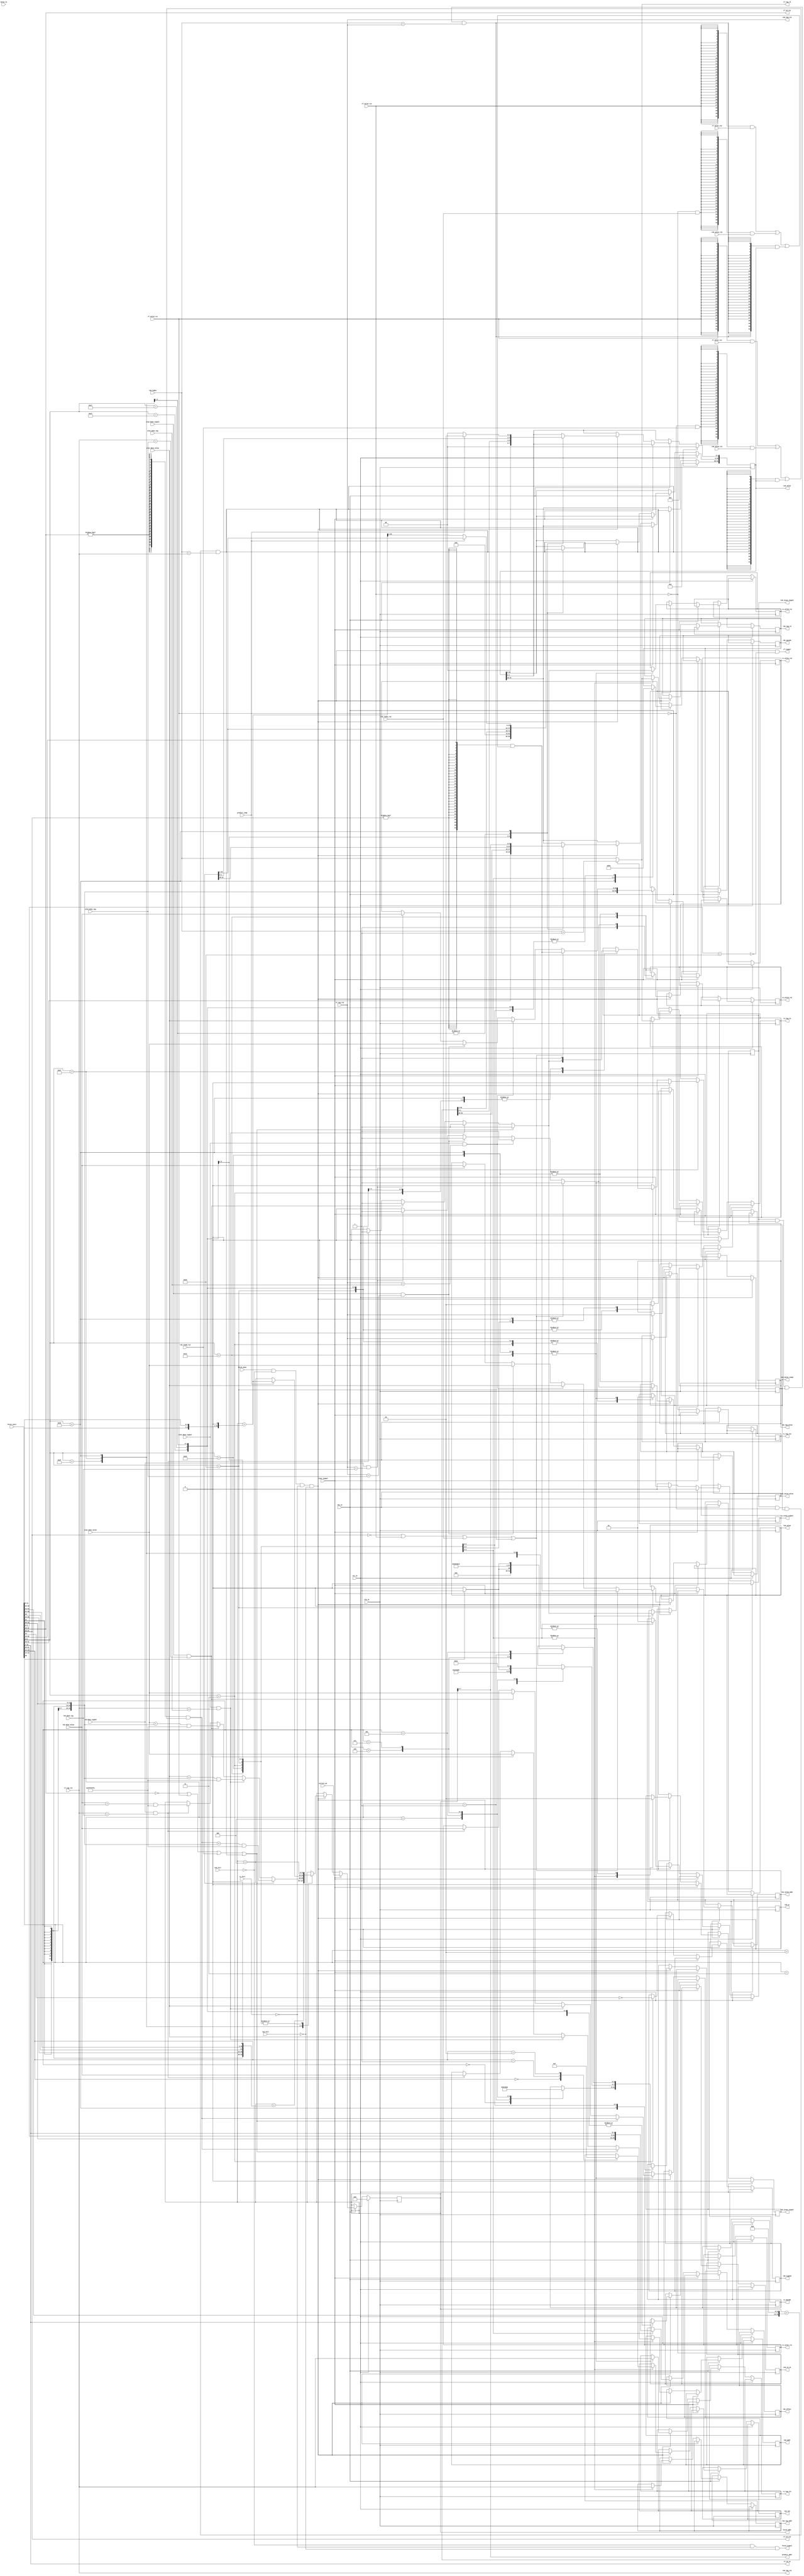
`define ROB_REG_INSTR 2'b00
`define ROB_STORE_INSTR 2'b01
`define ROB_BRANCH_INSTR 2'b10
`define ROB_LOAD_INSTR 2'b11
`define ALU_NOP 4'd0
`define ALU_AND 4'd1
`define ALU_OR 4'd2
`define ALU_XOR 4'd3
`define ALU_ADD 4'd4
`define ALU_SUB 4'd5
`define ALU_SRL 4'd6
`define ALU_SRA 4'd7
`define ALU_SLL 4'd8
`define ALU_LT 4'd9
`define ALU_LTU 4'd10
`define ALU_EQ 4'd11
`define ALU_NE 4'd12
`define ALU_GE 4'd13
`define ALU_GEU 4'd14
`define ALU_JALR 4'd15

module instr_fetch #(
    parameter ROB_WIDTH   = 4,
    parameter LOCAL_WIDTH = 6
) (
    input wire clk_in,  // system clock signal
    input wire rst_in,  // reset signal
    input wire rdy_in,  // ready signal, pause cpu when low

    // with i-cache (or mem-controller)
    output wire fetch_signal,  // 1 for instruction fetch
    output wire [31:0] fetch_addr,
    input wire fetch_done,  // 1 when the task of load instruction is done (hit the cache)
    input wire [31:0] fetch_instr,

    // issue control signals
    input wire rs_full,   // 1 for RS is full
    input wire rob_full,  // 1 for ROB is full
    input wire lsb_full,  // 1 for LSB is full

    // with RF, fetch issue information and set rd tag in combinational logic
    output wire rf_signal,  //1 for fetching registers
    output wire [4:0] rf_id_rs1,
    output wire [4:0] rf_id_rs2,
    output wire [4:0] rf_id_rd,
    output wire [ROB_WIDTH-1:0] rf_tag_rd,  // overwrite the tag of rd
    input wire [31:0] rf_value_rs1,
    input wire [31:0] rf_value_rs2,
    input wire [ROB_WIDTH-1:0] rf_tag_rs1,
    input wire [ROB_WIDTH-1:0] rf_tag_rs2,
    input wire rf_valid_rs1,
    input wire rf_valid_rs2,
    input wire [31:0] value_x1,  // the value of x1 reg, for predicting JALR

    // with ROB, fetch issue information in combinational logic
    input wire [ROB_WIDTH-1:0] rob_index,  // next pos in ROB
    input wire [31:0] rob_value_rs1,
    input wire [31:0] rob_value_rs2,
    input wire rob_ready_rs1,
    input wire rob_ready_rs2,
    output wire [ROB_WIDTH-1:0] rob_tag_rs1,
    output wire [ROB_WIDTH-1:0] rob_tag_rs2,

    // with ALU, fetch issue issue information through ALU result
    input wire alu1_done_signal,
    input wire alu2_done_signal,
    input wire [ROB_WIDTH-1:0] alu1_done_tag,
    input wire [ROB_WIDTH-1:0] alu2_done_tag,
    input wire [31:0] alu1_done_value,
    input wire [31:0] alu2_done_value,

    // with LSB, fetch issue issue information through LSB load result
    input wire lsb_done_signal,
    input wire [ROB_WIDTH-1:0] lsb_done_tag,
    input wire [31:0] lsb_done_value,

    // with predictor
    output wire [LOCAL_WIDTH-1: 0] predict_addr,  // LOCAL_WIDTH bits in instruction address for selecting counter group
    input wire predict_jump,  // 1 for jumping, 0 for continuing

    // issue an instr to RS
    output reg rs_issue_signal,  // 1 for issuing
    output reg [3:0] rs_opcode,
    output reg [31:0] rs_value_rs1,
    output reg [31:0] rs_value_rs2,
    output reg [ROB_WIDTH-1:0] rs_tag_rs1,
    output reg [ROB_WIDTH-1:0] rs_tag_rs2,
    output reg rs_valid_rs1,
    output reg rs_valid_rs2,
    output reg [ROB_WIDTH-1:0] rs_tag_rd,

    // issue an instr to ROB
    output reg rob_issue_signal,  // 1 for issuing
    output reg rob_value_ready,  // 1 for ready value
    output reg [1:0] rob_opcode,
    output reg [31:0] rob_value,
    output reg [4:0] rob_rd_id,

    // issue an instr to LSB
    output reg lsb_issue_signal,  // 1 for issuing
    output reg lsb_wr,  // 1 for store, 0 for load
    output reg lsb_signed,  // 1 for signed load, 0 for unsigned load
    output reg [1:0] lsb_len,
    output reg [31:0] lsb_addr,
    output reg [31:0] lsb_value,
    output reg [11:0] lsb_offset,
    output reg [ROB_WIDTH-1:0] lsb_tag_addr,
    output reg [ROB_WIDTH-1:0] lsb_tag_value,
    output reg [ROB_WIDTH-1:0] lsb_tag_rd,
    output reg lsb_valid_addr,  // 1 for addr valid (tag is invalid)
    output reg lsb_valid_value,

    input wire clear_signal,  // 1 for error prediction
    input wire [31:0] correct_pc
);
  reg [31:0] pc;

  assign fetch_signal = ~rob_full & ~rs_full & ~lsb_full;  // stop fetching when rob/rs/lsb is full
  assign fetch_addr = pc;

  assign rf_signal = fetch_done & ~rob_full & ~rs_full & ~lsb_full & ~(fetch_instr[5:0] == 6'b100011);  // 1 when issuing to RF in this cycle
  assign rf_id_rs1 = fetch_instr[19:15];
  assign rf_id_rs2 = fetch_instr[24:20];
  assign rf_id_rd = fetch_instr[11:7];
  assign rf_tag_rd = rob_issue_signal ? rob_index + 1 : rob_index;

  assign rob_tag_rs1 = rf_tag_rs1;
  assign rob_tag_rs2 = rf_tag_rs2;

  assign predict_addr = pc[LOCAL_WIDTH+1:2];

  wire [31:0] pc_next_without_jump;
  wire [31:0] pc_next_with_jump;

  assign pc_next_without_jump = pc + 4;
  assign pc_next_with_jump = pc + {{20{fetch_instr[31]}}, fetch_instr[7], fetch_instr[30:25], fetch_instr[11:8], 1'b0}; // for BR's pc jumping address

  // the value and validation of rs-reg according to RF and ROB
  wire [31:0] value_rs1;
  wire [31:0] value_rs2;
  wire hit_rob_last_issue_rs1; // if value is in the issuing last cycle (write into ROB this cycle, so it cannot be found if not forwarding)
  wire hit_rob_last_issue_rs2;
  assign hit_rob_last_issue_rs1 = rob_issue_signal & ~rf_valid_rs1 & rob_value_ready & (rob_index == rf_tag_rs1);
  assign hit_rob_last_issue_rs2 = rob_issue_signal & ~rf_valid_rs2 & rob_value_ready & (rob_index == rf_tag_rs2);
  assign value_rs1 = {32{rf_id_rs1 != 5'b00000}} & (({32{rf_valid_rs1}} & rf_value_rs1) | ({32{~rf_valid_rs1 & rob_ready_rs1}} & rob_value_rs1) | ({32{hit_rob_last_issue_rs1}} & rob_value));
  assign value_rs2 = {32{rf_id_rs2 != 5'b00000}} & (({32{rf_valid_rs2}} & rf_value_rs2) | ({32{~rf_valid_rs2 & rob_ready_rs2}} & rob_value_rs2) | ({32{hit_rob_last_issue_rs2}} & rob_value));
  assign valid_rs1 = (rf_id_rs1 == 5'b00000) | rf_valid_rs1 | rob_ready_rs1 | hit_rob_last_issue_rs1;
  assign valid_rs2 = (rf_id_rs2 == 5'b00000) | rf_valid_rs2 | rob_ready_rs2 | hit_rob_last_issue_rs2;

  always @(posedge clk_in) begin
    if (rst_in) begin
      pc <= 32'h00000000;
      rs_issue_signal <= 1'b0;
      rob_issue_signal <= 1'b0;
      lsb_issue_signal <= 1'b0;
      rob_value_ready <= 1'b0;
      rob_value <= 32'h00000000;
    end else if (rdy_in) begin
      if (clear_signal) begin
        pc <= correct_pc;  // change next pc to correct pos
        rs_issue_signal <= 1'b0;  // stop issuing
        rob_issue_signal <= 1'b0;
        lsb_issue_signal <= 1'b0;
      end else begin
        if (fetch_done & ~rob_full & ~rs_full & ~lsb_full) begin
          case (fetch_instr[6:0])
            7'b0110111: begin  // LUI
              pc <= pc + 4;
              rob_issue_signal <= 1'b1;
              rob_opcode <= `ROB_REG_INSTR;
              rob_value_ready <= 1'b1;
              rob_value <= {fetch_instr[31:12], {12{1'b0}}};
              rob_rd_id <= rf_id_rd;
              rs_issue_signal <= 1'b0;
              lsb_issue_signal <= 1'b0;
            end
            7'b0010111: begin  // AUIPC
              pc <= pc + 4;
              rob_issue_signal <= 1'b1;
              rob_opcode <= `ROB_REG_INSTR;
              rob_value_ready <= 1'b1;
              rob_value <= pc + {fetch_instr[31:12], {12{1'b0}}};
              rob_rd_id <= rf_id_rd;
              rs_issue_signal <= 1'b0;
              lsb_issue_signal <= 1'b0;
            end
            7'b1101111: begin  // JAL
              rob_issue_signal <= 1'b1;
              rob_opcode <= `ROB_REG_INSTR;
              rob_value_ready <= 1'b1;
              rob_value <= pc + 4;
              rob_rd_id <= rf_id_rd;
              pc <= pc + {{12{fetch_instr[31]}}, fetch_instr[19:12], fetch_instr[20], fetch_instr[30:21], 1'b0};
              rs_issue_signal <= 1'b0;
              lsb_issue_signal <= 1'b0;
            end
            7'b1100111: begin  // JALR
              rob_opcode <= `ROB_REG_INSTR;
              rob_value_ready <= 1'b1;
              rob_value <= pc + 4;
              rob_rd_id <= rf_id_rd;
              rs_issue_signal <= 1'b0;
              lsb_issue_signal <= 1'b0;
              if (~valid_rs1) begin
                if (alu1_done_signal & (rf_tag_rs1 == alu1_done_tag)) begin
                  rob_issue_signal <= 1'b1;
                  pc <= (alu1_done_value + {{20{fetch_instr[31]}}, fetch_instr[31:20]}) & 32'hFFFFFFFE;
                end else if (alu2_done_signal & (rf_tag_rs1 == alu2_done_tag)) begin
                  rob_issue_signal <= 1'b1;
                  pc <= (alu2_done_value + {{20{fetch_instr[31]}}, fetch_instr[31:20]}) & 32'hFFFFFFFE;
                end else if (lsb_done_signal & (rf_tag_rs1 == lsb_done_tag)) begin
                  rob_issue_signal <= 1'b1;
                  pc <= (lsb_done_value + {{20{fetch_instr[31]}}, fetch_instr[31:20]}) & 32'hFFFFFFFE;
                end else begin
                  rob_issue_signal <= 1'b0;
                end
              end else begin
                rob_issue_signal <= 1'b1;
                pc <= (value_rs1 + {{20{fetch_instr[31]}}, fetch_instr[31:20]}) & 32'hFFFFFFFE;
              end
            end
            7'b1100011: begin  // BRANCH
              rob_issue_signal <= 1'b1;
              rob_opcode <= `ROB_BRANCH_INSTR;
              rob_value_ready <= 1'b0;
              rob_value[31:32-LOCAL_WIDTH] <= predict_addr;
              if (predict_jump) begin
                pc <= pc_next_with_jump;
                rob_value[31-LOCAL_WIDTH:2] <= pc_next_without_jump[31-LOCAL_WIDTH:2];
                rob_value[1:0] <= 2'b10;  // set rob_value[1] = 1 (predict-result)
              end else begin
                pc <= pc_next_without_jump;
                rob_value[31-LOCAL_WIDTH:2] <= pc_next_with_jump[31-LOCAL_WIDTH:2];
                rob_value[1:0] <= 2'b00;  // set rob_value[1] = 0 (predict-result)
              end
              rs_issue_signal <= 1'b1;
              rs_tag_rs1 <= rf_tag_rs1;
              rs_tag_rs2 <= rf_tag_rs2;
              rs_tag_rd <= rf_tag_rd;
              if (~valid_rs1) begin
                if (alu1_done_signal & (rf_tag_rs1 == alu1_done_tag)) begin
                  rs_value_rs1 <= alu1_done_value;
                  rs_valid_rs1 <= 1'b1;
                end else if (alu2_done_signal & (rf_tag_rs1 == alu2_done_tag)) begin
                  rs_value_rs1 <= alu2_done_value;
                  rs_valid_rs1 <= 1'b1;
                end else if (lsb_done_signal & (rf_tag_rs1 == lsb_done_tag)) begin
                  rs_value_rs1 <= lsb_done_value;
                  rs_valid_rs1 <= 1'b1;
                end else begin
                  rs_valid_rs1 <= 1'b0;
                end
              end else begin
                rs_value_rs1 <= value_rs1;
                rs_valid_rs1 <= 1'b1;
              end
              if (~valid_rs2) begin
                if (alu1_done_signal & (rf_tag_rs2 == alu1_done_tag)) begin
                  rs_value_rs2 <= alu1_done_value;
                  rs_valid_rs2 <= 1'b1;
                end else if (alu2_done_signal & (rf_tag_rs2 == alu2_done_tag)) begin
                  rs_value_rs2 <= alu2_done_value;
                  rs_valid_rs2 <= 1'b1;
                end else if (lsb_done_signal & (rf_tag_rs2 == lsb_done_tag)) begin
                  rs_value_rs2 <= lsb_done_value;
                  rs_valid_rs2 <= 1'b1;
                end else begin
                  rs_valid_rs2 <= 1'b0;
                end
              end else begin
                rs_value_rs2 <= value_rs2;
                rs_valid_rs2 <= 1'b1;
              end
              case (fetch_instr[14:12])
                3'b000: begin
                  rs_opcode <= `ALU_EQ;
                end
                3'b001: begin
                  rs_opcode <= `ALU_NE;
                end
                3'b100: begin
                  rs_opcode <= `ALU_LT;
                end
                3'b101: begin
                  rs_opcode <= `ALU_GE;
                end
                3'b110: begin
                  rs_opcode <= `ALU_LTU;
                end
                3'b111: begin
                  rs_opcode <= `ALU_GEU;
                end
              endcase
              lsb_issue_signal <= 1'b0;
            end
            7'b0000011: begin  // LOAD
              pc <= pc + 4;
              rob_issue_signal <= 1'b1;
              rob_opcode <= `ROB_LOAD_INSTR;
              rob_rd_id <= rf_id_rd;
              rob_value_ready <= 1'b0;
              rs_issue_signal <= 1'b0;
              lsb_issue_signal <= 1'b1;
              lsb_wr <= 1'b0;
              lsb_signed <= ~fetch_instr[14];
              lsb_offset <= fetch_instr[31:20];
              lsb_tag_addr <= rf_tag_rs1;
              lsb_tag_rd <= rf_tag_rd;
              if (~valid_rs1) begin
                if (alu1_done_signal & (rf_tag_rs1 == alu1_done_tag)) begin
                  lsb_addr <= alu1_done_value;
                  lsb_valid_addr <= 1'b1;
                end else if (alu2_done_signal & (rf_tag_rs1 == alu2_done_tag)) begin
                  lsb_addr <= alu2_done_value;
                  lsb_valid_addr <= 1'b1;
                end else if (lsb_done_signal & (rf_tag_rs1 == lsb_done_tag)) begin
                  lsb_addr <= lsb_done_value;
                  lsb_valid_addr <= 1'b1;
                end else begin
                  lsb_valid_addr <= 1'b0;
                end
              end else begin
                lsb_addr <= value_rs1;
                lsb_valid_addr <= 1'b1;
              end
              case (fetch_instr[13:12])
                3'b00: begin
                  lsb_len <= 2'b00;
                end
                3'b01: begin
                  lsb_len <= 2'b01;
                end
                3'b10: begin
                  lsb_len <= 2'b11;
                end
              endcase
            end
            7'b0100011: begin  // STORE
              pc <= pc + 4;
              rob_issue_signal <= 1'b1;
              rob_opcode <= `ROB_STORE_INSTR;
              rob_value_ready <= 1'b1;
              rs_issue_signal <= 1'b0;
              lsb_issue_signal <= 1'b1;
              lsb_wr <= 1'b1;
              lsb_offset <= {fetch_instr[31:25], fetch_instr[11:7]};
              lsb_tag_addr <= rf_tag_rs1;
              lsb_tag_value <= rf_tag_rs2;
              lsb_tag_rd <= rf_tag_rd;
              if (~valid_rs1) begin
                if (alu1_done_signal & (rf_tag_rs1 == alu1_done_tag)) begin
                  lsb_addr <= alu1_done_value;
                  lsb_valid_addr <= 1'b1;
                end else if (alu2_done_signal & (rf_tag_rs1 == alu2_done_tag)) begin
                  lsb_addr <= alu2_done_value;
                  lsb_valid_addr <= 1'b1;
                end else if (lsb_done_signal & (rf_tag_rs1 == lsb_done_tag)) begin
                  lsb_addr <= lsb_done_value;
                  lsb_valid_addr <= 1'b1;
                end else begin
                  lsb_valid_addr <= 1'b0;
                end
              end else begin
                lsb_addr <= value_rs1;
                lsb_valid_addr <= 1'b1;
              end
              if (~valid_rs2) begin
                if (alu1_done_signal & (rf_tag_rs2 == alu1_done_tag)) begin
                  lsb_value <= alu1_done_value;
                  lsb_valid_value <= 1'b1;
                end else if (alu2_done_signal & (rf_tag_rs2 == alu2_done_tag)) begin
                  lsb_value <= alu2_done_value;
                  lsb_valid_value <= 1'b1;
                end else if (lsb_done_signal & (rf_tag_rs2 == lsb_done_tag)) begin
                  lsb_value <= lsb_done_value;
                  lsb_valid_value <= 1'b1;
                end else begin
                  lsb_valid_value <= 1'b0;
                end
              end else begin
                lsb_value <= value_rs2;
                lsb_valid_value <= 1'b1;
              end
              case (fetch_instr[13:12])
                3'b00: begin
                  lsb_len <= 2'b00;
                end
                3'b01: begin
                  lsb_len <= 2'b01;
                end
                3'b10: begin
                  lsb_len <= 2'b11;
                end
              endcase
            end
            7'b0010011: begin
              pc <= pc + 4;
              rob_issue_signal <= 1'b1;
              rob_opcode <= `ROB_REG_INSTR;
              rob_rd_id <= rf_id_rd;
              rob_value_ready <= 1'b0;
              rs_issue_signal <= 1'b1;
              rs_value_rs2 <= {{20{fetch_instr[31]}}, fetch_instr[31:20]};
              rs_tag_rs1 <= rf_tag_rs1;
              rs_valid_rs2 <= 1'b1;
              rs_tag_rd <= rf_tag_rd;
              if (~valid_rs1) begin
                if (alu1_done_signal & (rf_tag_rs1 == alu1_done_tag)) begin
                  rs_value_rs1 <= alu1_done_value;
                  rs_valid_rs1 <= 1'b1;
                end else if (alu2_done_signal & (rf_tag_rs1 == alu2_done_tag)) begin
                  rs_value_rs1 <= alu2_done_value;
                  rs_valid_rs1 <= 1'b1;
                end else if (lsb_done_signal & (rf_tag_rs1 == lsb_done_tag)) begin
                  rs_value_rs1 <= lsb_done_value;
                  rs_valid_rs1 <= 1'b1;
                end else begin
                  rs_valid_rs1 <= 1'b0;
                end
              end else begin
                rs_value_rs1 <= value_rs1;
                rs_valid_rs1 <= 1'b1;
              end
              case (fetch_instr[14:12])
                3'b000: begin
                  rs_opcode <= `ALU_ADD;
                end
                3'b001: begin
                  rs_opcode <= `ALU_SLL;
                end
                3'b010: begin
                  rs_opcode <= `ALU_LT;
                end
                3'b011: begin
                  rs_opcode <= `ALU_LTU;
                end
                3'b100: begin
                  rs_opcode <= `ALU_XOR;
                end
                3'b101: begin
                  rs_opcode <= fetch_instr[30] ? `ALU_SRA : `ALU_SRL;
                end
                3'b110: begin
                  rs_opcode <= `ALU_OR;
                end
                3'b111: begin
                  rs_opcode <= `ALU_AND;
                end
              endcase
              lsb_issue_signal <= 1'b0;
            end
            7'b0110011: begin
              pc <= pc + 4;
              rob_issue_signal <= 1'b1;
              rob_opcode <= `ROB_REG_INSTR;
              rob_rd_id <= rf_id_rd;
              rob_value_ready <= 1'b0;
              rs_issue_signal <= 1'b1;
              rs_tag_rs1 <= rf_tag_rs1;
              rs_tag_rs2 <= rf_tag_rs2;
              rs_tag_rd <= rf_tag_rd;
              if (~valid_rs1) begin
                if (alu1_done_signal & (rf_tag_rs1 == alu1_done_tag)) begin
                  rs_value_rs1 <= alu1_done_value;
                  rs_valid_rs1 <= 1'b1;
                end else if (alu2_done_signal & (rf_tag_rs1 == alu2_done_tag)) begin
                  rs_value_rs1 <= alu2_done_value;
                  rs_valid_rs1 <= 1'b1;
                end else if (lsb_done_signal & (rf_tag_rs1 == lsb_done_tag)) begin
                  rs_value_rs1 <= lsb_done_value;
                  rs_valid_rs1 <= 1'b1;
                end else begin
                  rs_valid_rs1 <= 1'b0;
                end
              end else begin
                rs_value_rs1 <= value_rs1;
                rs_valid_rs1 <= 1'b1;
              end
              if (~valid_rs2) begin
                if (alu1_done_signal & (rf_tag_rs2 == alu1_done_tag)) begin
                  rs_value_rs2 <= alu1_done_value;
                  rs_valid_rs2 <= 1'b1;
                end else if (alu2_done_signal & (rf_tag_rs2 == alu2_done_tag)) begin
                  rs_value_rs2 <= alu2_done_value;
                  rs_valid_rs2 <= 1'b1;
                end else if (lsb_done_signal & (rf_tag_rs2 == lsb_done_tag)) begin
                  rs_value_rs2 <= lsb_done_value;
                  rs_valid_rs2 <= 1'b1;
                end else begin
                  rs_valid_rs2 <= 1'b0;
                end
              end else begin
                rs_value_rs2 <= value_rs2;
                rs_valid_rs2 <= 1'b1;
              end
              case (fetch_instr[14:12])
                3'b000: begin
                  rs_opcode <= fetch_instr[30] ? `ALU_SUB : `ALU_ADD;
                end
                3'b010: begin
                  rs_opcode <= `ALU_LT;
                end
                3'b011: begin
                  rs_opcode <= `ALU_LTU;
                end
                3'b100: begin
                  rs_opcode <= `ALU_XOR;
                end
                3'b110: begin
                  rs_opcode <= `ALU_OR;
                end
                3'b111: begin
                  rs_opcode <= `ALU_AND;
                end
                3'b001: begin
                  rs_opcode <= `ALU_SLL;
                end
                3'b101: begin
                  rs_opcode <= fetch_instr[30] ? `ALU_SRA : `ALU_SRL;
                end
              endcase
              lsb_issue_signal <= 1'b0;
            end
          endcase
        end else begin
          rob_issue_signal <= 1'b0;
          rs_issue_signal  <= 1'b0;
          lsb_issue_signal <= 1'b0;
        end
      end

    end

  end


  // integer f;
  //   initial begin
  //    f= $fopen("f");
  //   end

  //     integer i;
  //   always @(posedge clk_in) begin  // removing tag and updating value when matching the tag and instr-fetch doesn't put new tag on rd
  //     if (~rst_in & rdy_in) begin  // 0th reg cannot be modified
  //      $fdisplay(f,"%h",pc);
  //     end
  //   end
endmodule